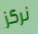
نركز